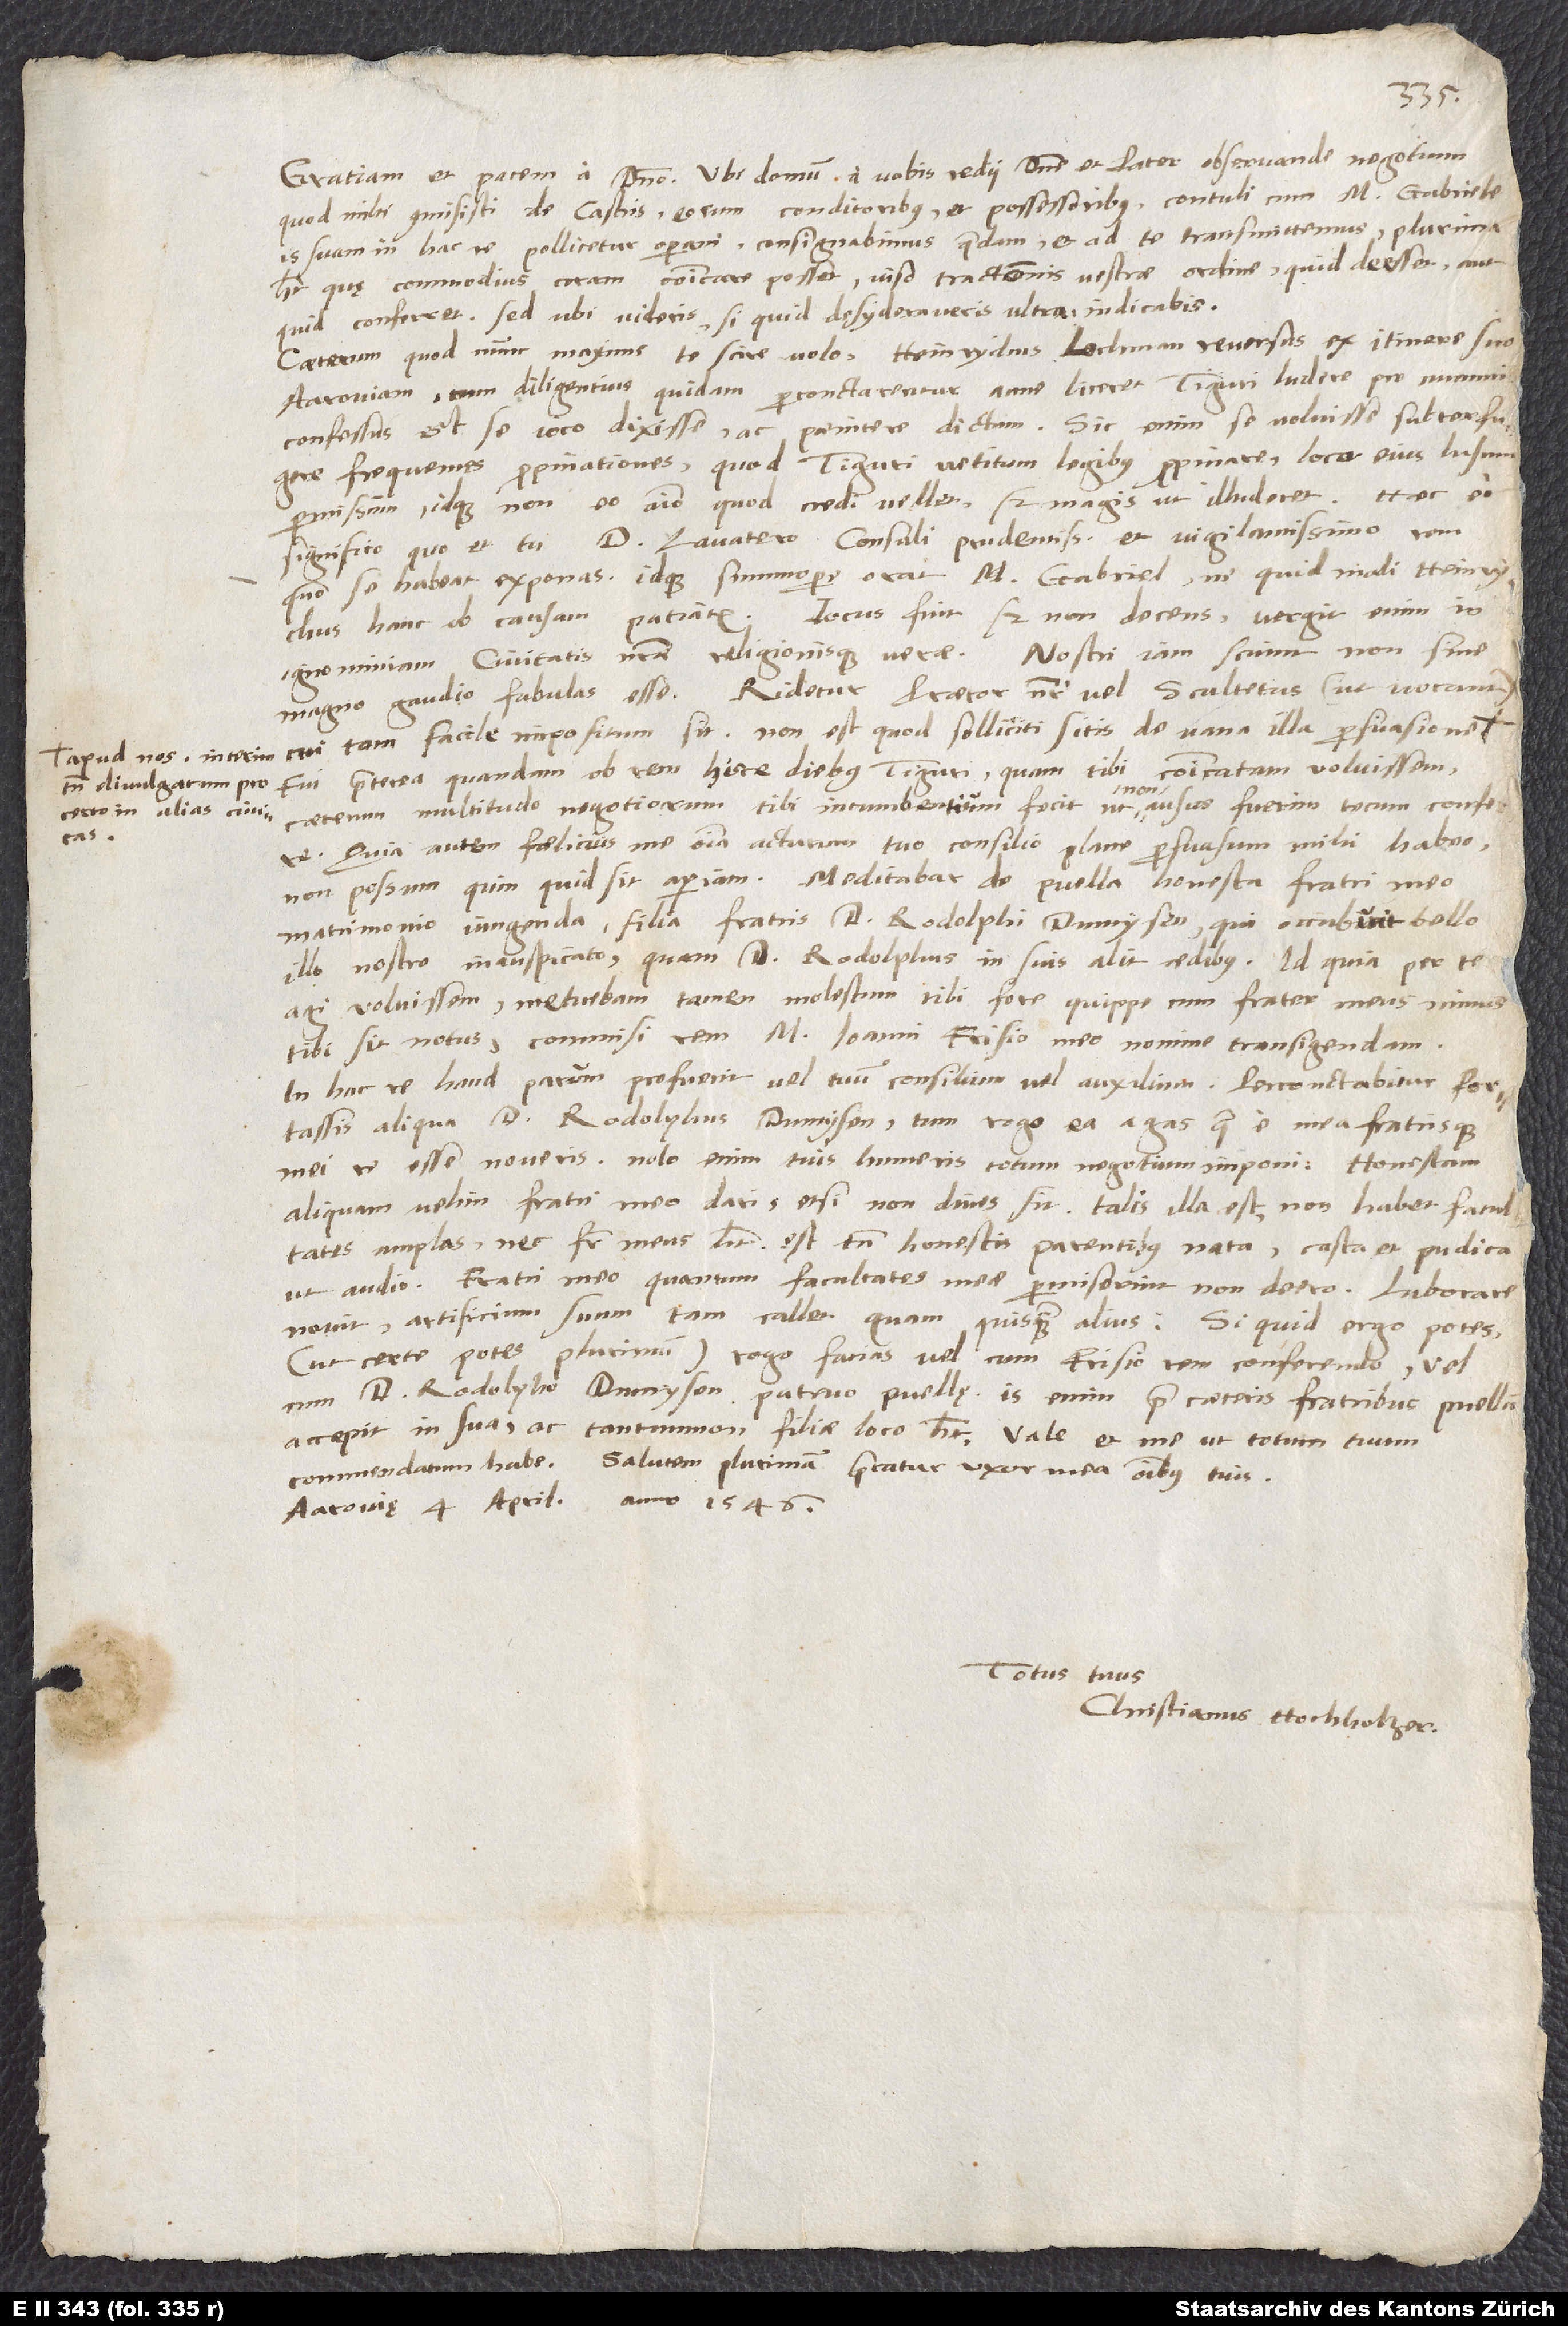
apud nos interim
tamen divulgatum pro
certo in alias civitates.

Gratiam et pacem a domino. Ubi domum a vobis redii, domine et pater observande, negotium,
quod mihi commisisti de castris, eorum conditoribus et possessoribus, contuli cum m. Gabriele.
Is suam in hac re pollicetur operam; consignabimus quaedam et ad te transmittemus. Plurima
habet, quę commodius coram communicare posset viso tractationis vestrae ordine, quid deesset aut
quid conferret; sed ubi videris, si quid desyderaveris ultra, indicabis.
Caeterum quod nunc maxime te scire volo: Heinrychus Lochman reversus ex itinere suo
Aaroviam, cum diligentius quidam perconctarentur, anne liceret Tiguri ludere pro nummis,
confessus est se ioco dixisse ac paenitere dictum. Sic enim se voluisse subterfugere
frequentes propinationes, quod Tiguri vetitum legibus propinare, loco eius lusum
permissum, idque non eo animo, quod credi vellet, sed magis ut illuderet. Haec eo
significo, quo et tu d. Lavatero consuli prudentissimo et vigilantissimo rem,
quomodo se habeat, exponas, idque summopere orat m. Gabriel, ne quid mali Heinrychus
Iocus fuit, sed non decens; vergit enim in
hanc ob causam patiatur.
ignominiam civitatis nostrae religionisque verae. Nostri iam sciunt non sine
magno gaudio fabulas esse. Ridetur praetor noster vel scultetus (ut vocant),
cui tam facile impositum sit. Non est, quod solliciti sitis de vana illa persuasione
Fui praeterea quandam ob rem hisce diebus Tiguri, quam tibi communicatam voluissem;
caeterum multitudo negotiorum tibi incumbentium fecit, ut non ausus fuerim tecum conferre.
Quia autem foelicius me omnia acturum tuo consilio plane persuasum mihi habeo,
non possum, quin, quid sit, aperiam. Meditabar de puella honesta fratri meo
matrimonio iungenda, filia fratris d. Rodolphi Dumysen, qui occubuit bello
illo nostro inauspicato, quam d. Rodolphus in suis alit aedibus. Id, quia per te
agi voluissem, metuebam tamen molestum tibi fore, quippe cum frater meus minus
tibi sit notus, commisi rem m. Ioanni Frisio meo nomine transigendam.
In hac re haud parum profuerit vel tuum consilium vel auxilium. Perconctabitur fortassis
aliqua d. Rodolphus Dumysen. Tum rogo ea agas, quae e mea fratrisque
mei re esse noveris. Nolo enim tuis humeris totum negotium imponi. Honestam
aliquam velim fratri meo dari, etsi non dives sit. Talis illa est. Non habet facultates
amplas, nec frater meus habet. Est tamen honestis parentibus nata, casta et pudica,
ut audio. Fratri meo, quantum facultates meae permiserint, non deero. Laborare
novit, artificium suum tam callet quam quisquam alius. Si quid ergo potes
(ut certe potes plurimum), rogo facias vel cum Frisio rem conferendo vel
cum d. Rodolpho Dumysen, patruo puellę; is enim prae caeteris fratribus puellam
accepit in sua ac tantum non filiae loco habet. Vale et me ut totum tuum
commendatum habe. Salutem plurimam precatur uxor mea omnibus tuis.
Aarovię, 4. aprilis anno 1546.
Totus tuus
Christianus Hochholzer.